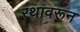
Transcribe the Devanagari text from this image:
रथावरून